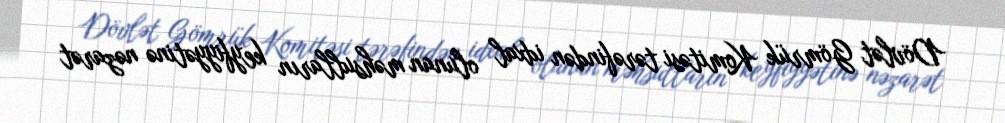
Dövlət Gömrük Komitəsi tərəfindən idxal olunan məhsulların keyfiyyətinə nəzarət